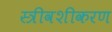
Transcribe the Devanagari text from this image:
स्त्रीवशीकरण